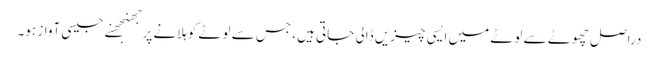
دراصل چھوٹے سے لوٹے میں ایسی چیزیں ڈالی جاتی ہیں، جس سے لوٹے کوہلانے پرجھنجھنے جیسی آواز ہو۔